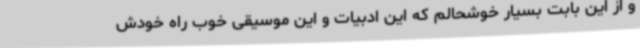
و از این بابت بسیار خوشحالم که این ادبیات و این موسیقی خوب راه خودش